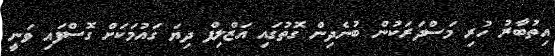
އިތުބާރު ހުރި މަސްދަރަކުން ބުނެދިން ގޮތުގައި އަޒްލިފް ދިޔަ ގައުމަކަށް ގޮސްފައި ވަނީ